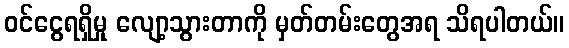
ဝင်ငွေရရှိမှု လျော့သွားတာကို မှတ်တမ်းတွေအရ သိရပါတယ်။